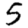
Digit: 5